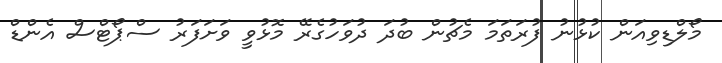
މޯލްޑިވިއަން ކުޅުނު ފުރަތަމަ މެޗުން ބުދަ ދުވަހުގެރޭ މޮޅުވީ ވަށަފަރު ސްޕޯޓްސް އެންޑް